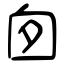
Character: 囱